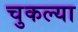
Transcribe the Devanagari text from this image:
चुकल्या